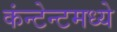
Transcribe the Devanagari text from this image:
कंन्टेन्टमध्ये